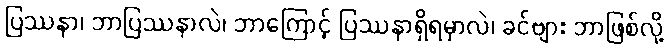
ပြဿနာ၊ ဘာပြဿနာလဲ၊ ဘာကြောင့် ပြဿနာရှိရမှာလဲ၊ ခင်ဗျား ဘာဖြစ်လို့